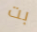
بت